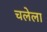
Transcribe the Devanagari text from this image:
चलेला